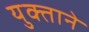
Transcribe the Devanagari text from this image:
युक्ताने